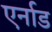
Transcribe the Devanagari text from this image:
एर्नाड